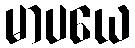
မာပယေ